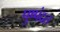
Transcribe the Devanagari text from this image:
पुष्पंदत